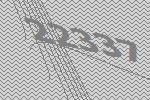
22337